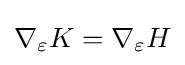
{\textstyle \nabla _{\varepsilon }K=\nabla _{\varepsilon }H}